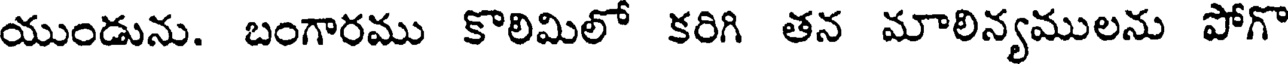
యుండును. బంగారము కొలిమిలో కరిగి తన మాలిన్యములను పోగొ